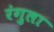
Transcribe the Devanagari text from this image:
रंगुला